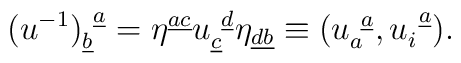
(u^{-1})^{~\underline a}_{\underline b}=\eta^{\underline{ac}}u^{~\underline d}_{\underline c}\eta_{\underline{db}}\equiv (u_a^{~\underline a},u_i^{~\underline a}).